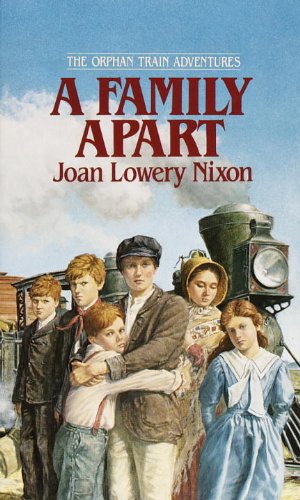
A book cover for A Family Apart (Orphan Train Adventures); Joan Lowery Nixon; Teen & Young Adult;